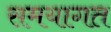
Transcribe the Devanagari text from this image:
समयागत